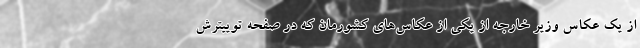
از یک عکاس وزیر خارجه از یکی از عکاس‌های کشورمان که در صفحه توییترش